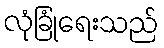
လုံခြုံရေးသည်